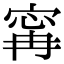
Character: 𡩋